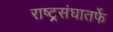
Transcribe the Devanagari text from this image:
राष्ट्र्रसंघातर्फे